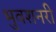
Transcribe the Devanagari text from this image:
भुवशनरी